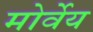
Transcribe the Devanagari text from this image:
मोर्वेय